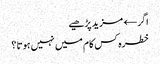
اگر← مزید پڑھیے
خطرہ کس کام میں نہیں ہوتا ؟